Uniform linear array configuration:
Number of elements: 16
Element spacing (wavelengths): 0.25
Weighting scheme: exponential
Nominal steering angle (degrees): -45
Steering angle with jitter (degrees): -44.541
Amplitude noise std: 0.05
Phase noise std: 0.05

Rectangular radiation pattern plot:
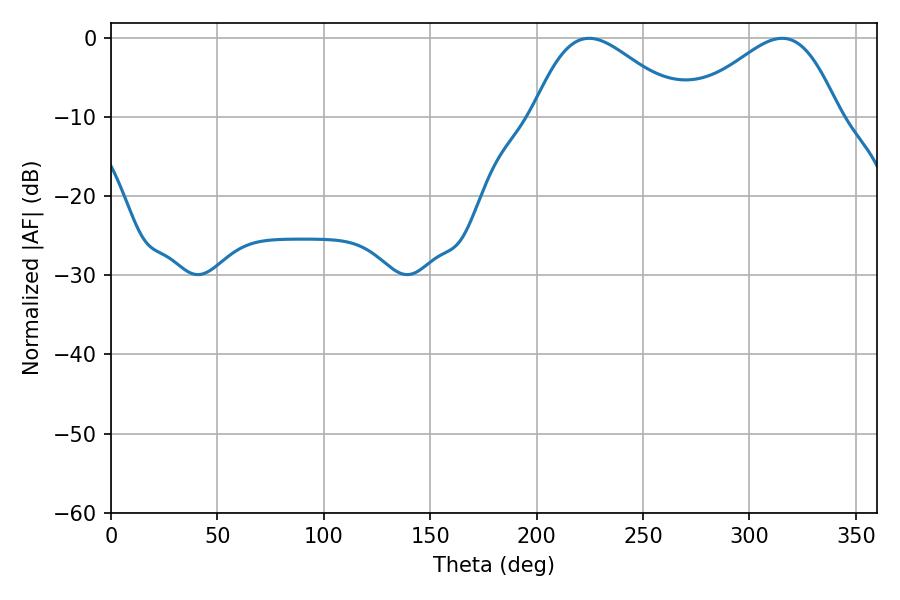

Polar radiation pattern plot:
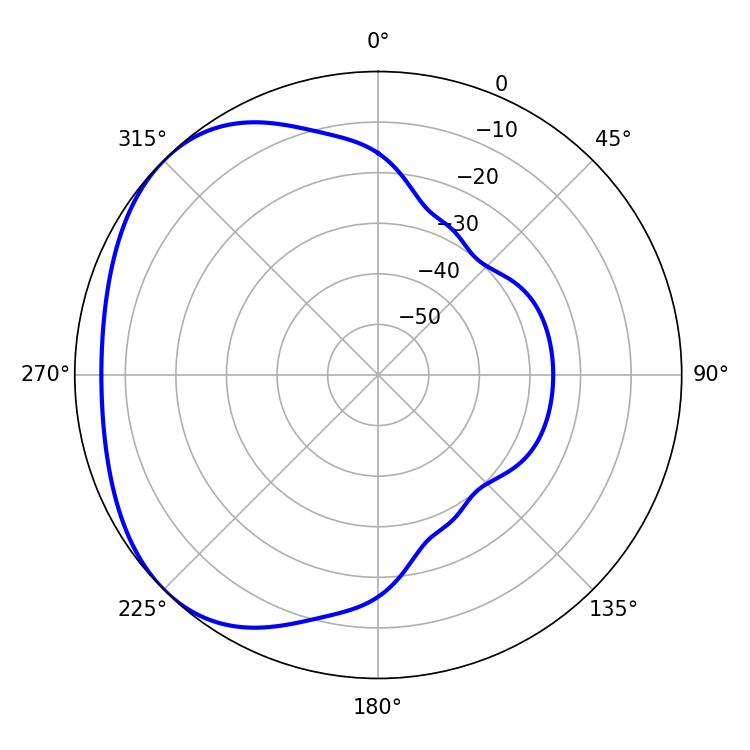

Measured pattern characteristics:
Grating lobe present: FALSE
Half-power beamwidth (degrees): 37.62
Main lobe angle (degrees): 224.64